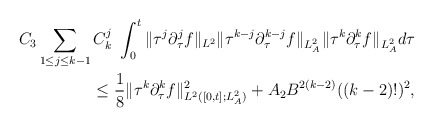
\begin{align*}C_3\sum_{1\le j\le k-1}C^j_k\ \int^t_0\|\tau^{j}\partial^{j}_\tau f\|_{L^2}\|\tau^{k-j}\partial^{k-j}_\tau f\|_{L^2_A}\|\tau^k\partial^k_\tau f\|_{L^2_A}d\tau\\\le \frac{1}{8}\|\tau^k\partial^k_\tau f\|^2_{L^2([0,t];L^2_A)}+A_2 B^{2(k-2)}((k-2)!)^2,\end{align*}